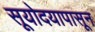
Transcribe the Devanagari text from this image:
सूयोदयापासून